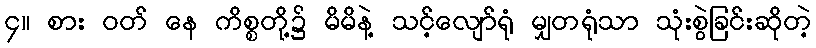
၄။ စား ဝတ် နေ ကိစ္စတို့၌ မိမိနဲ့ သင့်လျော်ရုံ မျှတရုံသာ သုံးစွဲခြင်းဆိုတဲ့